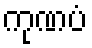
ကုဏပံ